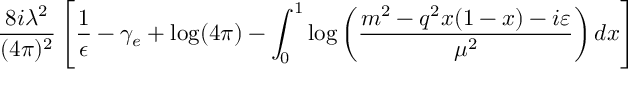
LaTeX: { \frac { 8 i \lambda ^ { 2 } } { ( 4 \pi ) ^ { 2 } } } \left[ \frac { 1 } { \epsilon } - \gamma _ { e } + \log ( 4 \pi ) - \int _ { 0 } ^ { 1 } \log \left( { \frac { m ^ { 2 } - q ^ { 2 } x ( 1 - x ) - i \varepsilon } { \mu ^ { 2 } } } \right) d x \right]